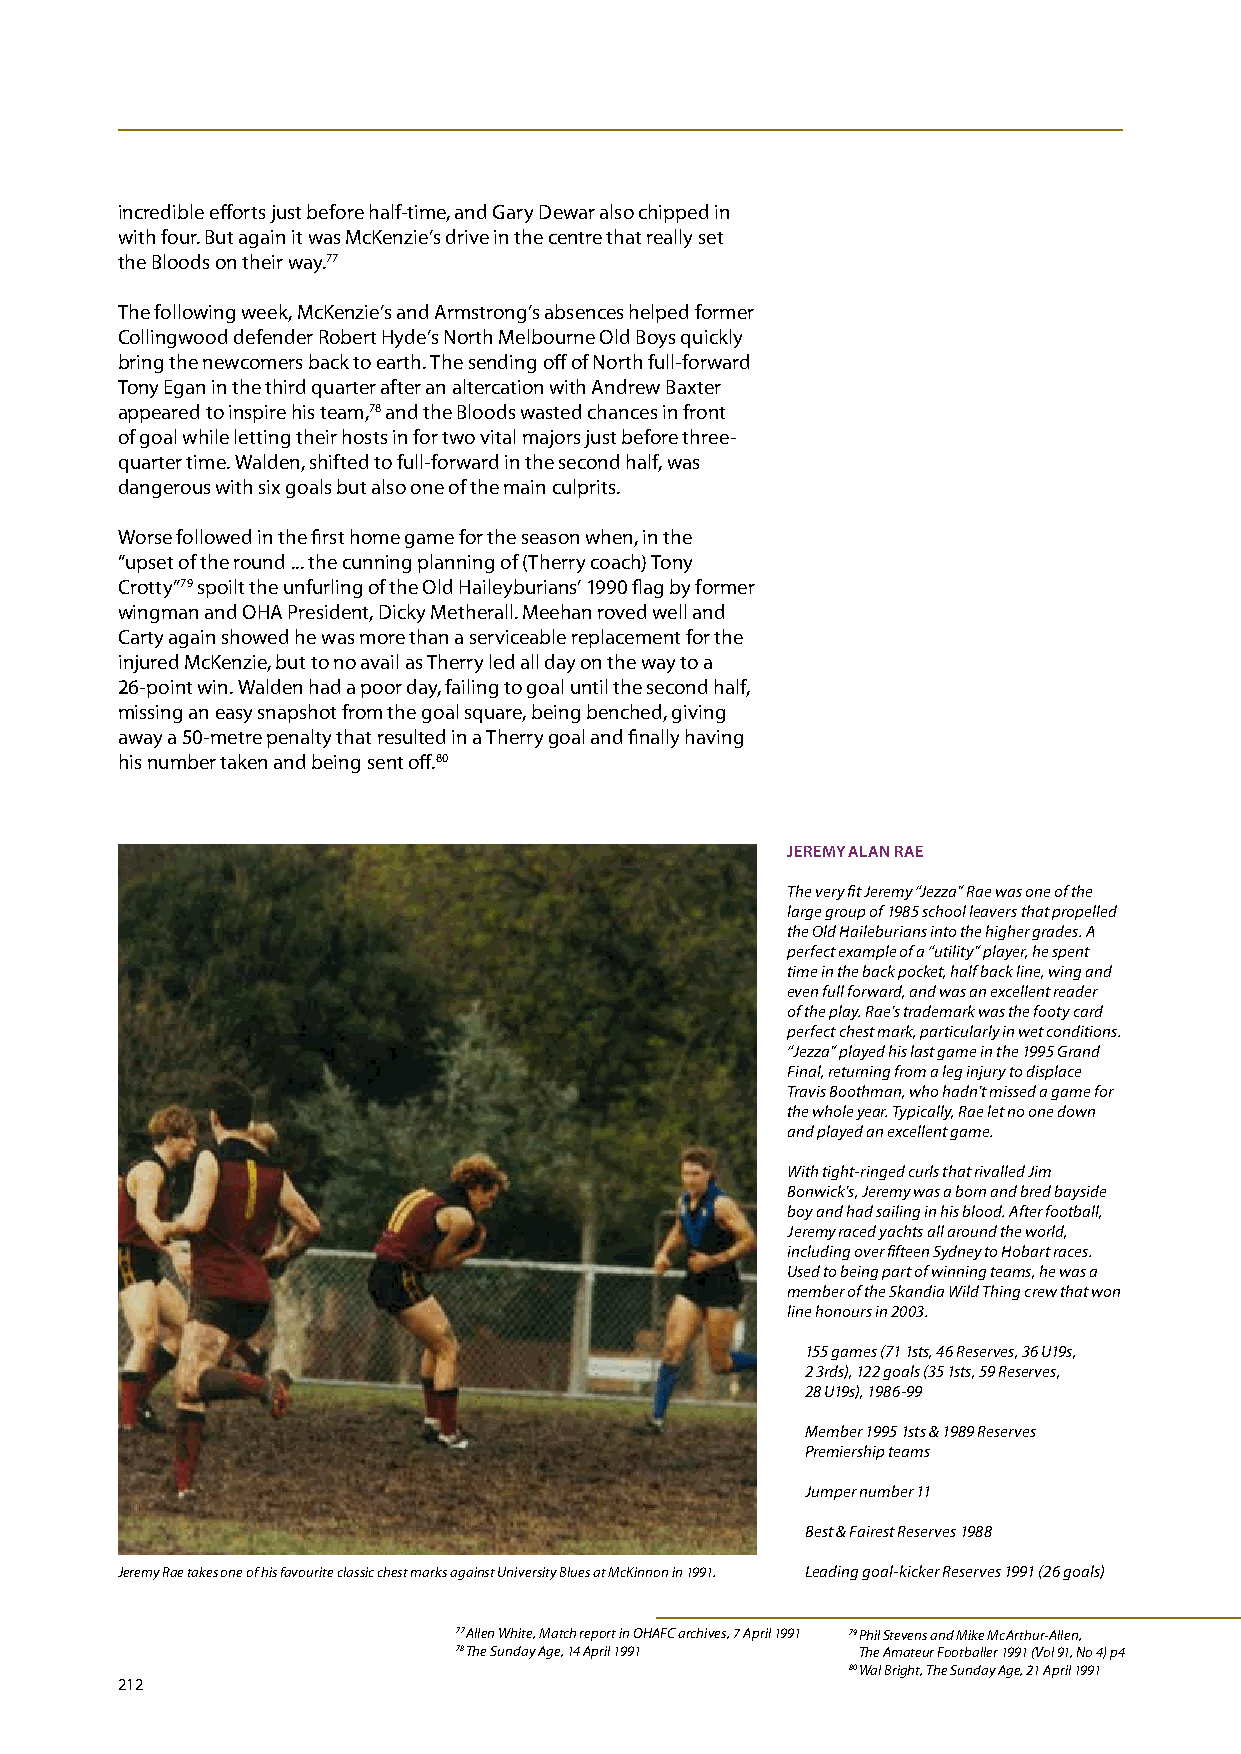
incredible efforts just before half-time, and Gary Dewar also chipped in
 with four. But again it was McKenzie’s drive in the centre that really set
 the Bloods on their way.77
 The following week, McKenzie’s and Armstrong’s absences helped former
 Collingwood defender Robert Hyde’s North Melbourne Old Boys quickly
 bring the newcomers back to earth. The sending off of North full-forward
 Tony Egan in the third quarter after an altercation with Andrew Baxter
 appeared to inspire his team,78 and the Bloods wasted chances in front
 of goal while letting their hosts in for two vital majors just before three-
 quarter time. Walden, shifted to full-forward in the second half, was
 dangerous with six goals but also one of the main culprits.
 Worse followed in the first home game for the season when, in the
 “upset of the round ... the cunning planning of (Therry coach) Tony
 Crotty”79 spoilt the unfurling of the Old Haileyburians’ 1990 flag by former
 wingman and OHA President, Dicky Metherall. Meehan roved well and
 Carty again showed he was more than a serviceable replacement for the
 injured McKenzie, but to no avail as Therry led all day on the way to a
 26-point win. Walden had a poor day, failing to goal until the second half,
 missing an easy snapshot from the goal square, being benched, giving
 away a 50-metre penalty that resulted in a Therry goal and finally having
 his number taken and being sent off.80
 JEREmY ALAN RAE
 The very fit Jeremy “Jezza” Rae was one of the
 large group of 1985 school leavers that propelled
 the Old Haileburians into the higher grades. A
 perfect example of a “utility” player, he spent
 time in the back pocket, half back line, wing and
 even full forward, and was an excellent reader
 of the play. Rae’s trademark was the footy card
 perfect chest mark, particularly in wet conditions.
 “Jezza” played his last game in the 1995 Grand
 Final, returning from a leg injury to displace
 Travis Boothman, who hadn’t missed a game for
 the whole year. Typically, Rae let no one down
 and played an excellent game.
 With tight-ringed curls that rivalled Jim
 Bonwick’s, Jeremy was a born and bred bayside
 boy and had sailing in his blood. After football,
 Jeremy raced yachts all around the world,
 including over fifteen Sydney to Hobart races.
 Used to being part of winning teams, he was a
 member of the Skandia Wild Thing crew that won
 line honours in 2003.
 155 games (71 1sts, 46 Reserves, 36 U19s,
 2 3rds), 122 goals (35 1sts, 59 Reserves,
 28 U19s), 1986-99
 Member 1995 1sts & 1989 Reserves
 Premiership teams
 Jumper number 11
 Best & Fairest Reserves 1988
 Jeremy Rae takes one of his favourite classic chest marks against University Blues at McKinnon in 1991. Leading goal-kicker Reserves 1991 (26 goals)
 77 Allen White, Match report in OHAFC archives, 7 April 1991 79 Phil Stevens and Mike McArthur-Allen,
 78 The Sunday Age, 14 April 1991 The Amateur Footballer 1991 (Vol 91, No 4) p4
 80 Wal Bright, The Sunday Age, 21 April 1991
 212